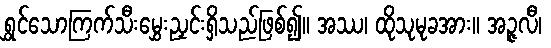
ရွှင်သောကြက်သီးမွှေးညှင်းရှိသည်ဖြစ်၍။ အဿ၊ ထိုသုမုခအား။ အဉ္ဇလီ၊